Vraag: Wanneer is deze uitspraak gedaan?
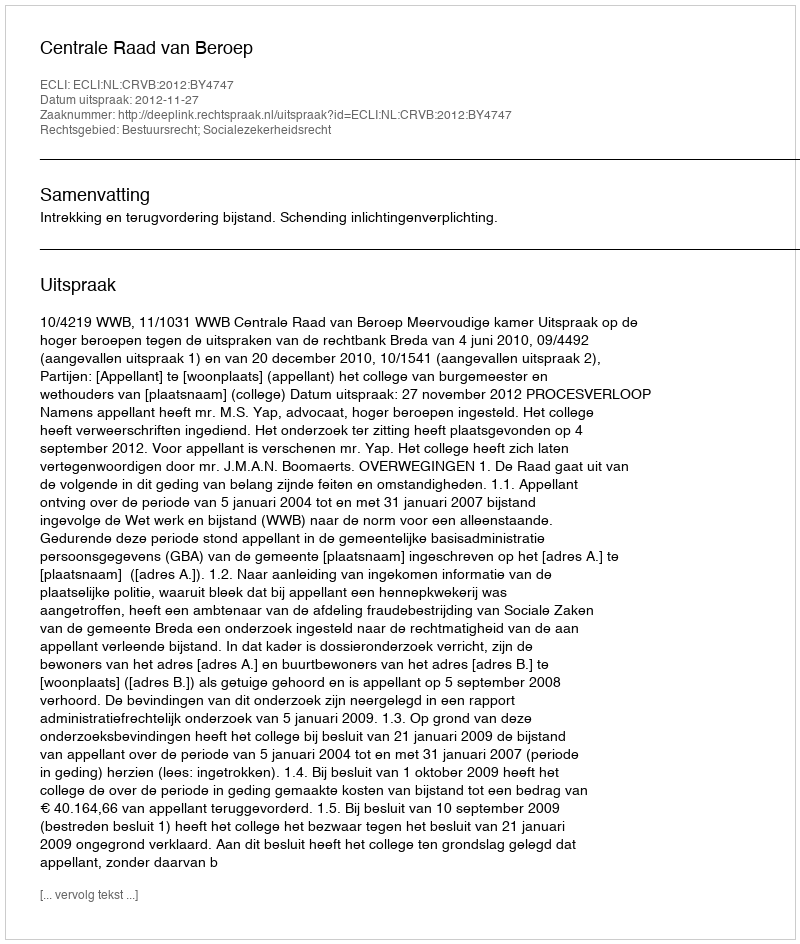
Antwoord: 2012-11-27